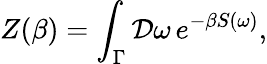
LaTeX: Z(\beta)=\int_{\Gamma}{\cal D}\omega\, e^{-\beta S(\omega)},